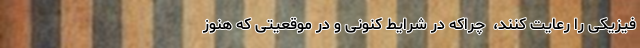
فیزیکی را رعایت کنند، ‌ چراکه در شرایط کنونی و در موقعیتی که هنوز